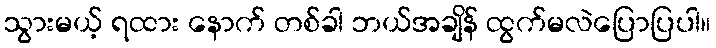
သွားမယ့် ရထား နောက် တစ်ခါ ဘယ်အချိန် ထွက်မလဲပြောပြပါ။